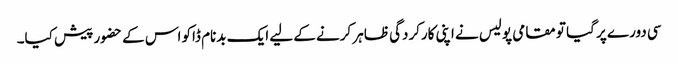
سی دورے پر گیا تو مقامی پولیس نے اپنی کارکردگی ظاہر کرنے کے لیے ایک بدنام ڈاکو اس کے حضور پیش کیا۔